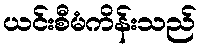
ယင်းစီမံကိန်းသည်